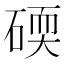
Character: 碝